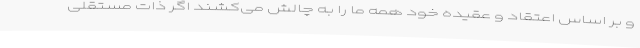
و بر اساس اعتقاد و عقیده خود همه ما را به چالش می‌کشند اگر ذات مستقلی